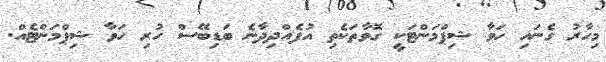
މިހާރު ގެނައި ހަވާ ޝިޕްމަންޓަކީ ގޮވާތަކެތި އުފެއްދިދާނެ ބަޑިބޭސް ހުރި ހަވާ ޝިޕްމަންޓެއް.